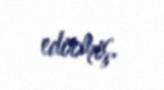
edirmiş.